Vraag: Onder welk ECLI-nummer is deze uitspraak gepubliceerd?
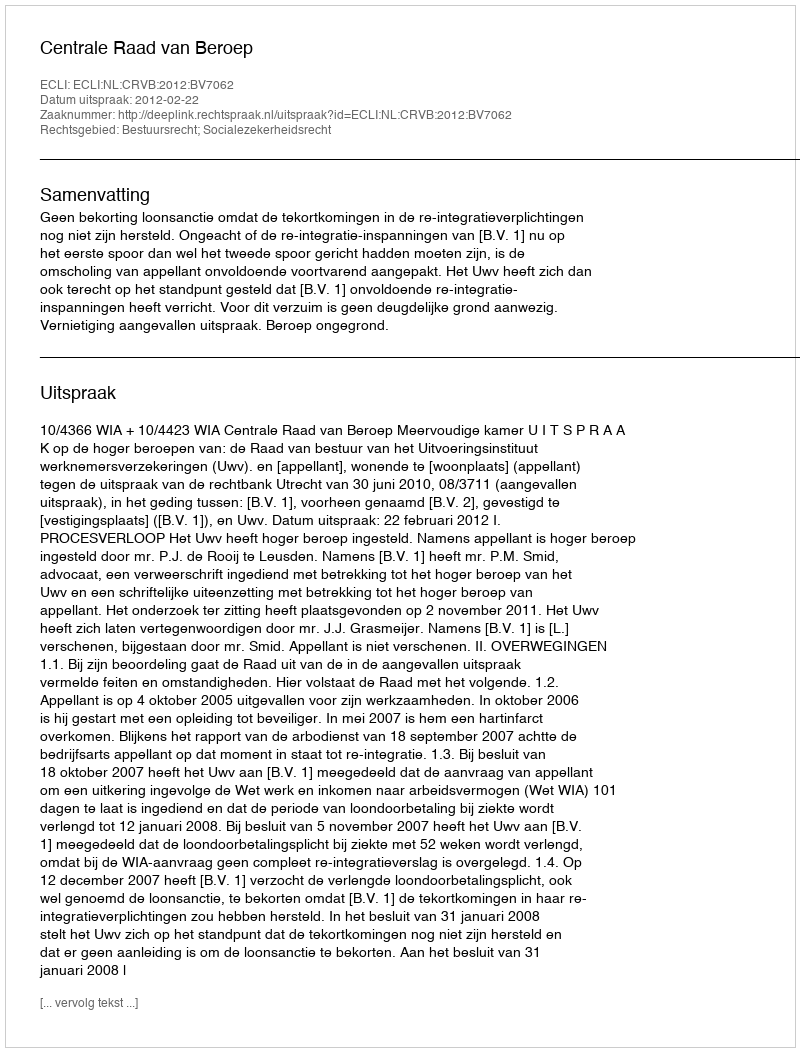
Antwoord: ECLI:NL:CRVB:2012:BV7062